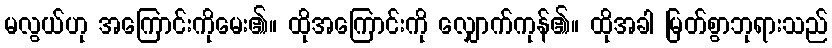
မလွယ်ဟု အကြောင်းကိုမေး၏။ ထိုအကြောင်းကို လျှောက်ကုန်၏။ ထိုအခါ မြတ်စွာဘုရားသည်